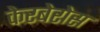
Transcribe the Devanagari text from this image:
केरबेरोस